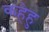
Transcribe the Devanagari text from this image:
कहेहु